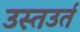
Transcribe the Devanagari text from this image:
उस्तउर्त